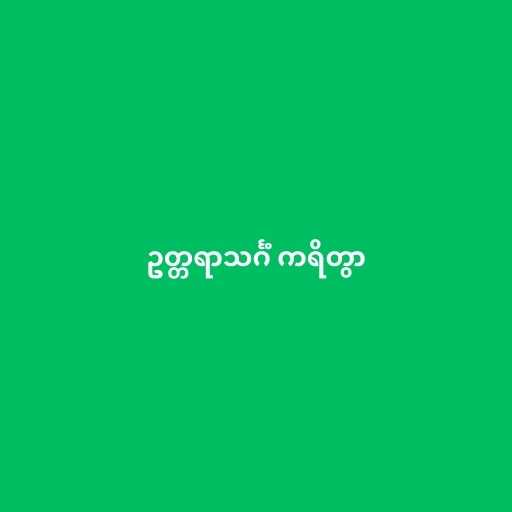
ဥတ္တရာသင်္ဂံ ကရိတွာ